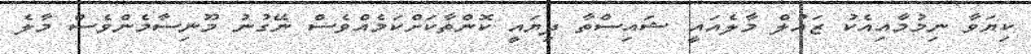
ކިޔަވާ ނިމުމާއިއެކު ޒައުލް މާލެއައީ ޝައިސްތާ ދިޔައީ ކޮންތާކަށްކަމެއްވެސް ނޭގުނު މޫނިސާމެންވެސް މާލެ